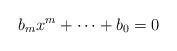
LaTeX: \begin{align*}b_m x^m + \dots + b_0 = 0\end{align*}